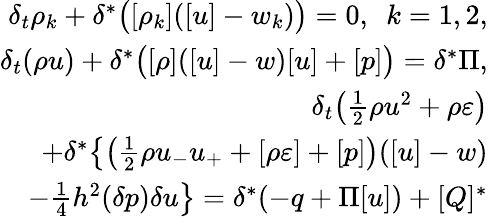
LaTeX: \begin{array}{r}{\delta_{t}\rho_{k}+\delta^{*}\big([\rho_{k}]([u]-w_{k})\big)=0,\ \ k=1,2,}\\ {\delta_{t}(\rho u)+\delta^{*}\big([\rho]([u]-w)[u]+[p]\big)=\delta^{*}\Pi,}\\ {\delta_{t}\big(\frac 12\rho u^{2}+\rho\varepsilon\big)}\\ {+\delta^{*}\big\{ \big(\frac 12\rho u_{-}u_{+}+[\rho\varepsilon]+[p]\big)([u]-w)}\\ {-\frac 14h^{2}(\delta p)\delta u\big\} =\delta^{*}(-q+\Pi[u])+[Q]^{*}}\end{array}